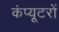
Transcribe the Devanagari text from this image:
कंप्‍यूटरों